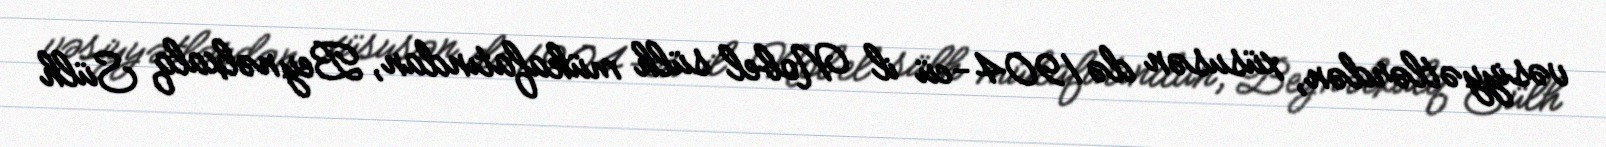
vəsiyyətlərdən, xüsusən də 1904-cü il Nobel sülh mükafatından, Beynəlxalq Sülh